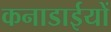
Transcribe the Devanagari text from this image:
कनाडाईयों